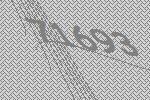
71693